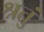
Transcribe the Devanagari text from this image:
श्रतुं